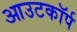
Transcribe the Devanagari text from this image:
आउटकॉर्प